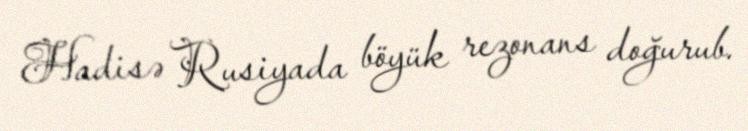
Hadisə Rusiyada böyük rezonans doğurub.